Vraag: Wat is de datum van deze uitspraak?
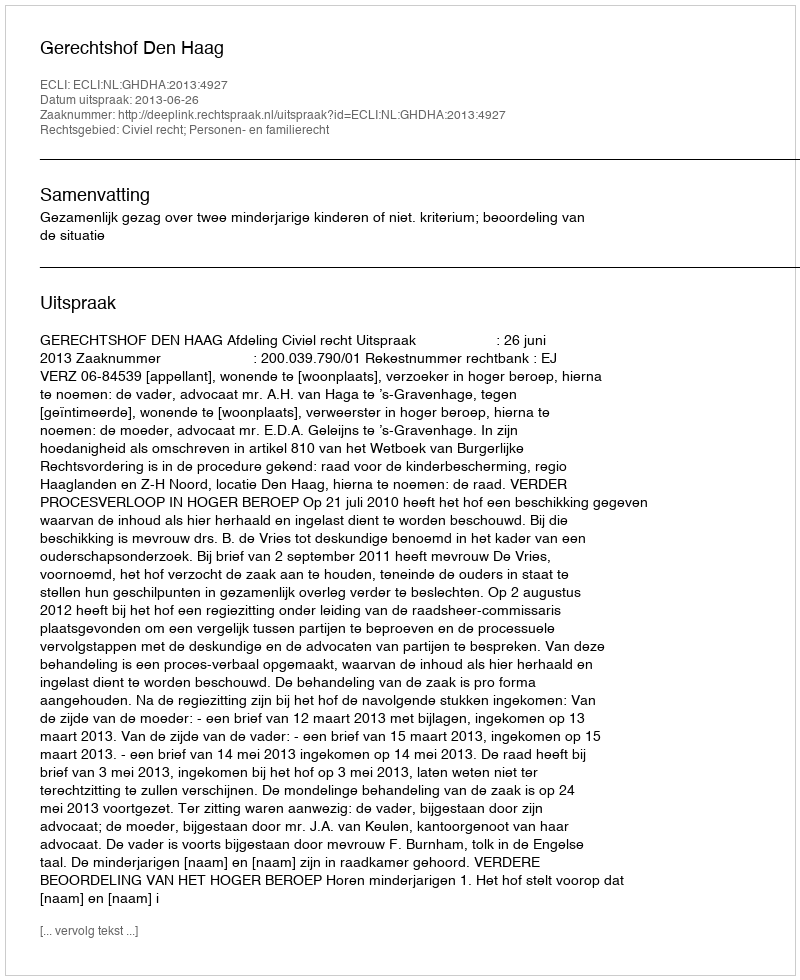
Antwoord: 2013-06-26